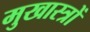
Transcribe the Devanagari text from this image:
मुखास्त्रों